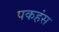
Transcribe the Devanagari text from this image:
पकहंस